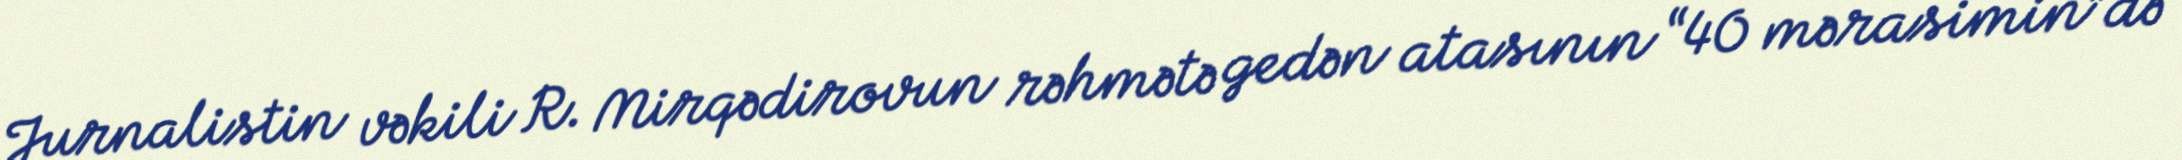
Jurnalistin vəkili R. Mirqədirovun rəhmətə gedən atasının “40 mərasimin”də